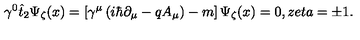
\gamma ^ { 0 } \hat { t } _ { 2 } \Psi _ { \zeta } ( x ) = \left[ \gamma ^ { \mu } \left( i \hbar \partial _ { \mu } - q A _ { \mu } \right) - m \right] \Psi _ { \zeta } ( x ) = 0 , z e t a = \pm 1 .